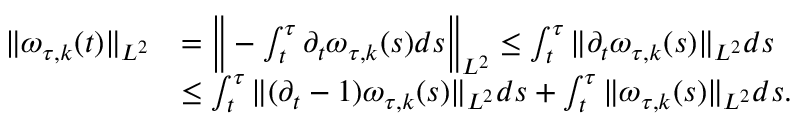
\begin{array} { r l } { \| \omega _ { \tau , k } ( t ) \| _ { L ^ { 2 } } } & { = \Big \| - \int _ { t } ^ { \tau } \partial _ { t } \omega _ { \tau , k } ( s ) d s \Big \| _ { L ^ { 2 } } \leq \int _ { t } ^ { \tau } \| \partial _ { t } \omega _ { \tau , k } ( s ) \| _ { L ^ { 2 } } d s } \\ & { \leq \int _ { t } ^ { \tau } \| ( \partial _ { t } - 1 ) \omega _ { \tau , k } ( s ) \| _ { L ^ { 2 } } d s + \int _ { t } ^ { \tau } \| \omega _ { \tau , k } ( s ) \| _ { L ^ { 2 } } d s . } \end{array}